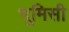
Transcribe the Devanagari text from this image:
भूमिसी